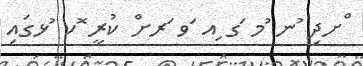
ްށދި ުނ ުމ ަގ ިއ ަވ ަރށް ކުރީ ޮކ ުޅގައި